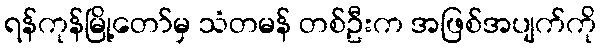
ရန်ကုန်မြို့တော်မှ သံတမန် တစ်ဦးက အဖြစ်အပျက်ကို